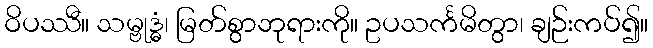
ဝိပဿီ။ သမ္ဗုဒ္ဓံ၊ မြတ်စွာဘုရားကို။ ဥပသင်္ကမိတွာ၊ ချဉ်းကပ်၍။